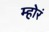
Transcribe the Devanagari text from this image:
म्होरं